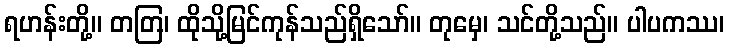
ရဟန်းတို့။ တတြ၊ ထိုသို့မြင်ကုန်သည်ရှိသော်။ တုမှေ၊ သင်တို့သည်။ ပါပကဿ၊